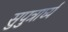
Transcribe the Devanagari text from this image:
सुपुत्रार्घ्यं